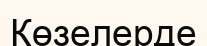
Көзелерде